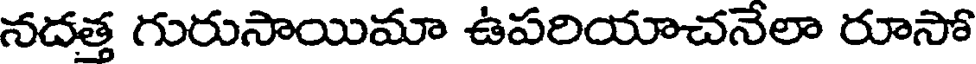
నదత్త గురుసాయిమా ఉపరియాచనేలా రూసో